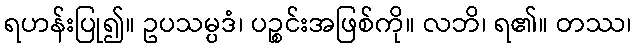
ရဟန်းပြု၍။ ဥပသမ္ပဒံ၊ ပဉ္စင်းအဖြစ်ကို။ လဘိ၊ ရ၏။ တဿ၊